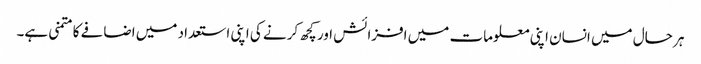
ہر حال میں انسان اپنی معلومات میں افزائش اور کچھ کرنے کی اپنی استعداد میں اضافے کا متمنی ہے۔